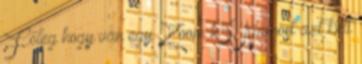
Főleg hogy van egy Zoom h5. Namost azt kell